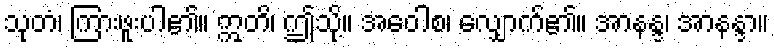
သုတံ၊ ကြားဖူးပါ၏။ ဣတိ၊ ဤသို့။ အဝေါစ၊ လျှောက်၏။ အာနန္ဒ၊ အာနန္ဒာ။